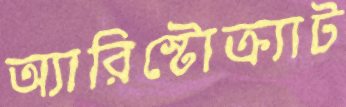
অ্যারিস্টোক্র্যাট